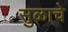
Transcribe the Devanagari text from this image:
सुळाचे